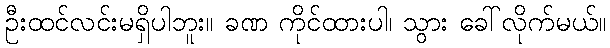
ဦးထင်လင်းမရှိပါဘူး။ ခဏ ကိုင်ထားပါ၊ သွား ခေါ်လိုက်မယ်။